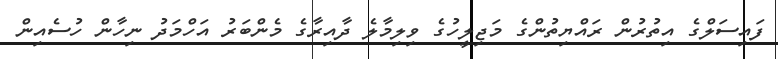
ފައިސަލްގެ އިތުރުން ރައްޔިތުންގެ މަޖިލީހުގެ ވިލިމާލެ ދާއިރާގެ މެންބަރު އަހްމަދު ނިހާން ހުސެއިން